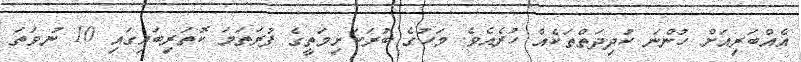
އެއްބަރިއަށް ހުންނަ ކުދިދަތްތަކެއް ހުރެއެވެ. މަހުގެ ބުރަކަށިމަތީގެ ފުރަތަމަ ކޮތަރިބައިގައި 10 ނުވަތަ